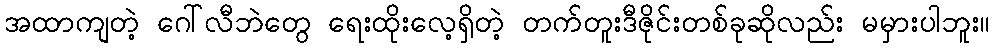
အထာကျတဲ့ ဂေါ်လီဘဲတွေ ရေးထိုးလေ့ရှိတဲ့ တက်တူးဒီဇိုင်းတစ်ခုဆိုလည်း မမှားပါဘူး။